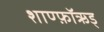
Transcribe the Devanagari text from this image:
शाण्फ़ॉऋड्